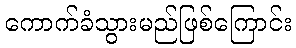
ကောက်ခံသွားမည်ဖြစ်ကြောင်း